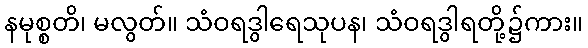
နမုစ္စတိ၊ မလွတ်။ သံဝရဒွါရေသုပန၊ သံဝရဒွါရတို့၌ကား။